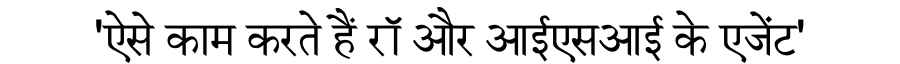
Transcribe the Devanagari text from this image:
'ऐसे काम करते हैं रॉ और आईएसआई के एजेंट'